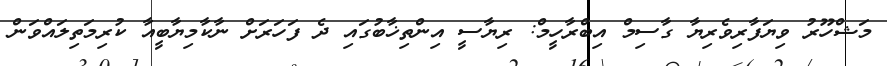
މަޝްހޫރު ވިޔަފާރިވެރިޔާ ގާސިމް އިބްރާހީމް: ރިޔާސީ އިންތިޚާބުގައި ދެ ފަހަރަށް ނާކާމިޔާބީއާ ކުރިމަތިލައްވަން